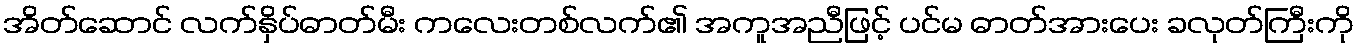
အိတ်ဆောင် လက်နှိပ်ဓာတ်မီး ကလေးတစ်လက်၏ အကူအညီဖြင့် ပင်မ ဓာတ်အားပေး ခလုတ်ကြီးကို